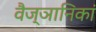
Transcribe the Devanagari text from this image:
वैज्ञानिकां